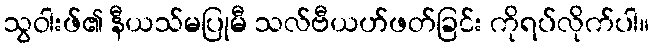
သွဝါးဖ်၏ နီယသ်မပြုမီ သလ်ဗီယဟ်ဖတ်ခြင်း ကိုရပ်လိုက်ပါ။